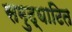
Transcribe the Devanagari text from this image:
समुद्घाटित